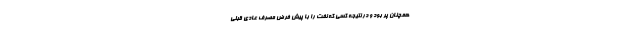
همچنان پُر بود و در نتیجه کسی که نفت را با پیش فرض مصرف عادی قبلی